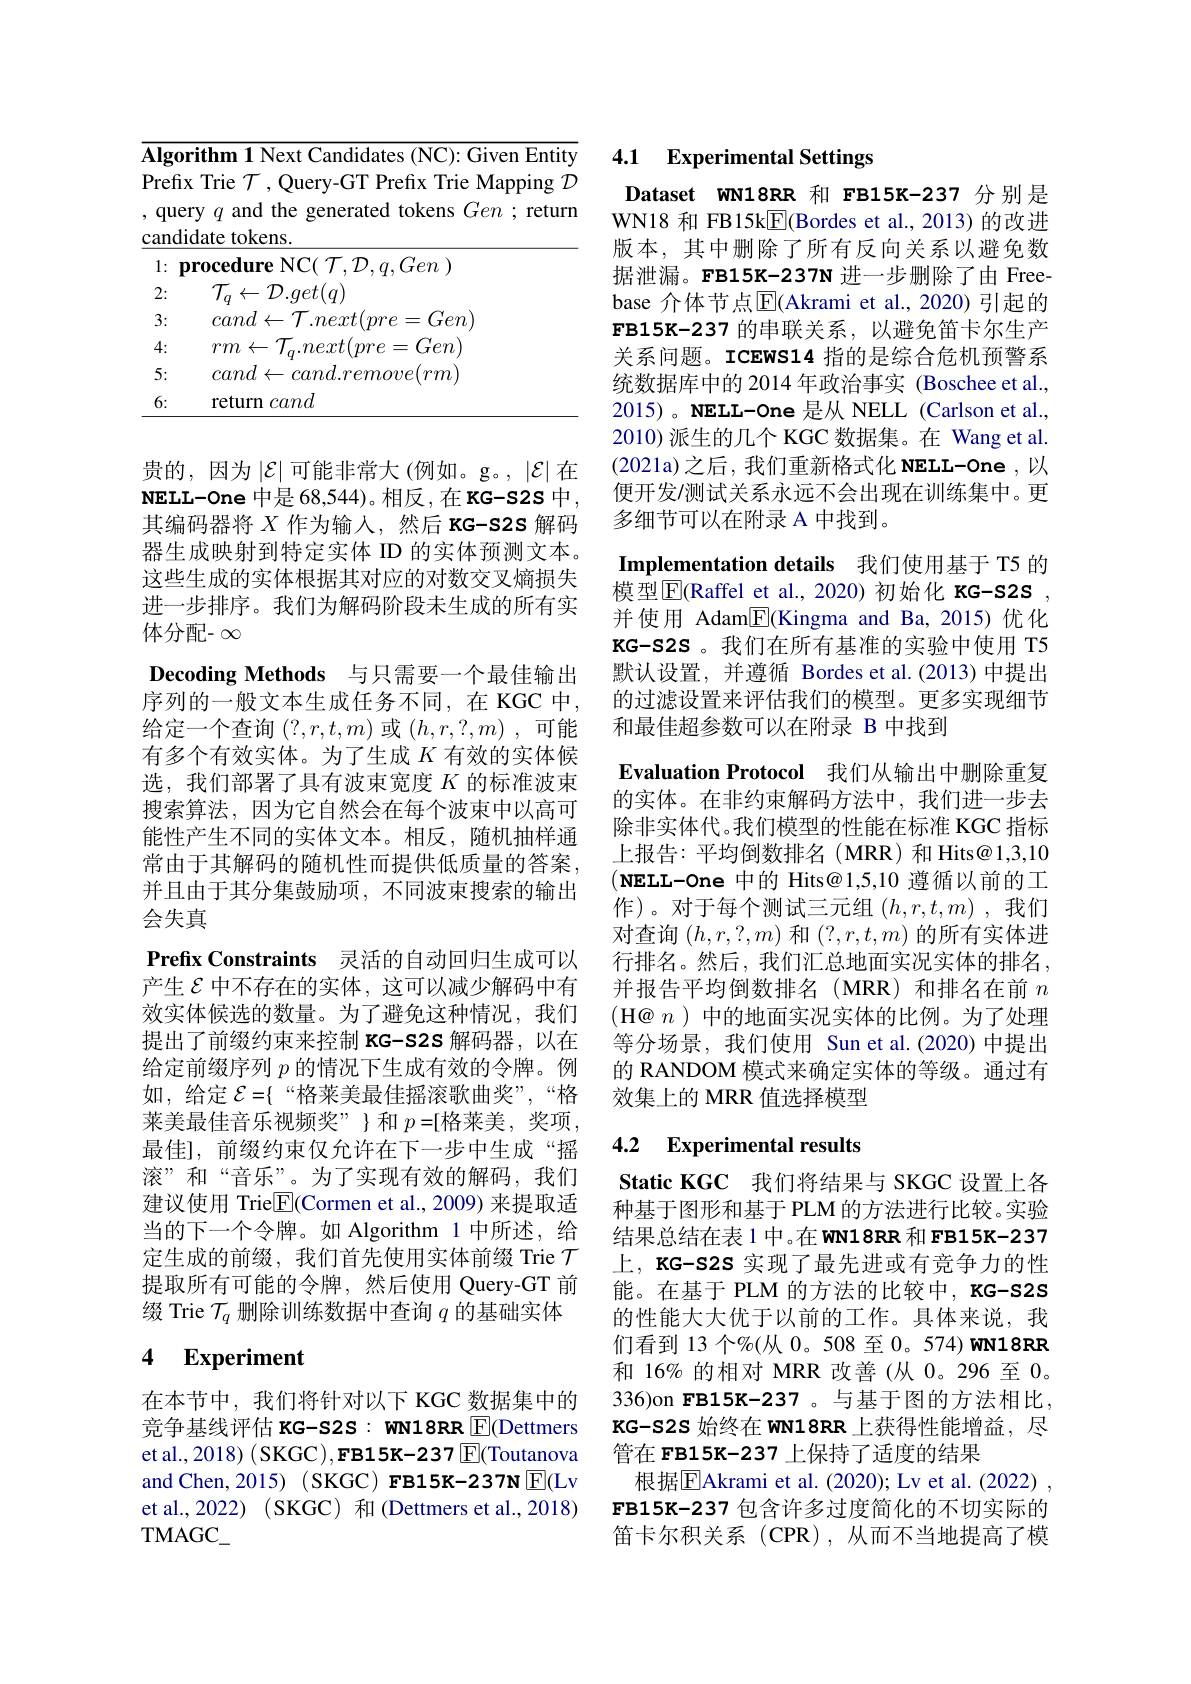
<table>
	<tbody>
		<tr>
			<td>$\overline{\mathbf{Algo}}$</td>
			<td>rithm 1 Next Candidates (NC): Given Entity</td>
		</tr>
		<tr>
			<td>Prefi que cand</td>
			<td>{:}Trie $\mathcal{T}$,Query-GT Prefix Trie Mapping $\mathcal{D}$ ry $q$ and the generated tokens $Gen;$ returm idate tokens.</td>
		</tr>
		<tr>
			<td>1: $\mathbf{F}$</td>
			<td>${\textbf{rocedure NC}}( {\mathcal{T} }, {\mathcal{D} }, q, Gen$ )</td>
		</tr>
		<tr>
			<td>3:</td>
			<td>$cand\leftarrow\mathcal{T}.next(pre=Gen)$</td>
		</tr>
		<tr>
			<td>4:</td>
			<td>$rm\leftarrow\mathcal{T}_{a}.next(pre=Gen$</td>
		</tr>
		<tr>
			<td>5:</td>
			<td>$cand\leftarrow cand.remove(rm$</td>
		</tr>
		<tr>
			<td>6:</td>
			<td>return cand</td>
		</tr>
	</tbody>
</table>

贵的，因为$\left|\mathcal{E}\right|$可能非常大(例如。g。,$\left|\mathcal{E}\right|$在$\mathbf{NELL-One~}$中是 68,544)。相反，在 KG-S2S 中， 其编码器将$X$作为输入，然后 KG-s2S 解码器生成映射到特定实体 ID 的实体预测文本。这些生成的实体根据其对应的对数交叉熵损失进一步排序。我们为解码阶段未生成的所有实体分配- $\infty$
Decoding Methods 与只需要一个最佳输出序列的一般文本生成任务不同，在 KGC 中， 给定一个查询$(?,r,t,m)$或$(h,r,?,m)$ ,可能有多个有效实体。为了生成$K$有效的实体候选，我们部署了具有波束宽度$K$的标准波束搜索算法，因为它自然会在每个波束中以高可能性产生不同的实体文本。相反，随机抽样通常由于其解码的随机性而提供低质量的答案， 并且由于其分集鼓励项，不同波束搜索的输出会失真
Prefix Constraints 灵活的自动回归生成可以产生$\mathcal{E}$中不存在的实体，这可以减少解码中有效实体候选的数量。为了避免这种情况，我们提出了前缀约束来控制 KG-S2S 解码器，以在给定前缀序列$p$的情况下生成有效的令牌。例如，给定$\mathcal{E} = \{$“ 格 莱 美 最 佳 摇 滚 歌 曲 奖 ” , “ 格 莱美最佳音乐视频奖”} $\}$ 和 $p=[$格莱美，奖项， 最佳],前缀约束仅允许在下一步中生成“摇滚”和“音乐”。为了实现有效的解码，我们建议使用 Trie$\underline{\mathrm{E}}($Cormen et al., 2009) 来提取适当的下一个令牌。如 Algorithm 1中所述，给定生成的前缀，我们首先使用实体前缀 Trie $\mathcal{T}$ 提取所有可能的令牌，然后使用 Query-GT 前缀 Trie $\mathcal{T}_q$删除训练数据中查询$q$的基础实体4 $\mathbf{Experiment}$

在本节中，我们将针对以下 KGC 数据集中的竞争基线评估 KG-S2S: WN18RR E(Dettmers et al., 2018) ( SKGC), FB15K-237 $\boxed{\mathbb{F}}$(Toutanova and Chen, 2015) ( SKGC) FB15K-237N $\mathbb{E}($Lv et al., 2022) ( SKGC) 和 (Dettmers et al., 2018) $\mathrm{TMAGC}_{-}$

# 4.1 Experimental Settings

Dataset WN18RR 和 FB15K-237 分别是WN18 和 FB15k$\underline{\mathrm{F}}$(Bordes et al., 2013) 的改进版本，其中删除了所有反向关系以避免数据泄漏。FB15K-237N 进一步删除了由 Freebase 介体节点$\overline{\mathrm{E}}($Akrami et al.,2020)引起的FB15K- 237 的串联关系，以避免笛卡尔生产关系问题。ICEWS14 指的是综合危机预警系统数据库中的 2014 年政治事实 (Boschee et al., $2015)。\mathbf{NELL-One}$是从 NELL(Carlson et al., 2010)派生的几个 KGC 数据集。在 Wang et al. (2021a)之后，我们重新格式化 NELL-One ,以便开发/测试关系永远不会出现在训练集中。更多细节可以在附录 A 中找到。

Implementation details 我们使用基于 T5 的模型$\overline{\mathrm{E}}$(Raffel et al., 2020) 初始化 KG-S2S , 并使用 Adam$\boxed{\mathrm{F}}($Kingma and Ba,2015)优化KG-S2S 。我们在所有基准的实验中使用 T5默认设置，并遵循 Bordes et al.(2013)中提出的过滤设置来评估我们的模型。更多实现细节和最佳超参数可以在附录 B 中找到
Evaluation Protocol 我们从输出中删除重复的实体。在非约束解码方法中，我们进一步去除非实体代。我们模型的性能在标准 KGC 指标上报告：平均倒数排名(MRR)和Hits@1,3,10 $( \textbf{NELL- One 中 的 Hits@ 1, 5, 10 遵 循 以 前 的 工 }$ 作)。对于每个测试三元组$(h,r,t,m)$ ,我们对查询$(h,r,?,m)$和$(?,r,t,m)$的所有实体进行排名。然后，我们汇总地面实况实体的排名， 并报告平均倒数排名(MRR)和排名在前$n$ (H@ $n)$中的地面实况实体的比例。为了处理等分场景，我们使用 Sun et al.(2020) 中提出的 RANDOM 模式来确定实体的等级。通过有效集上的 MRR 值选择模型

## 4.2 Experimental results

Static KGC 我们将结果与 SKGC 设置上各种基于图形和基于 PLM 的方法进行比较。实验结果总结在表 1 中。在 WN18RR 和 FB15K-237上，KG-S2S 实现了最先进或有竞争力的性能。在基于 PLM 的方法的比较中，KG-S2S 的性能大大优于以前的工作。具体来说，我们看到 13 个%(从 0。508 至 0。574) WN18RR 和 16% 的相对 MRR 改善(从 0。296 至0。336)on FB15K-237 。与基于图的方法相比， KG-S2S 始终在 WN18RR 上获得性能增益，尽管在 FB15K-237 上保持了适度的结果
根据$\overline{\mathrm{E}}$Akrami et al.(2020); Lv et al.(2022) , FB15K-237 包含许多过度简化的不切实际的笛卡尔积关系 (CPR),从而不当地提高了模